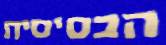
הבסיסית